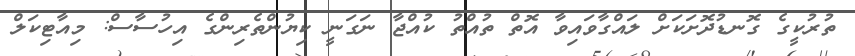
ތުރުކީގެ ގޮނޑުދޮށަކަށް ލައްގާވައިވާ އޮތް ތުއްތު ކުއްޖާ ނަގަނީ ކިޔުންތެރިންގެ އިހުސާސް: މިއާޓިކަލް